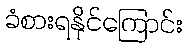
ခံစားရနိုင်ကြောင်း